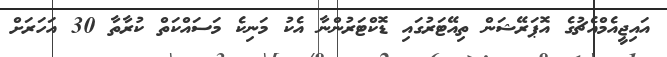
އައިޖީއެމްއެޗުގެ އޮޕަރޭޝަން ތިއޭޓަރުގައި ޑޮކްޓަރުންނާ އެކު މަނިކެ މަސައްކަތް ކުރާތާ 30 އަހަަރަށް